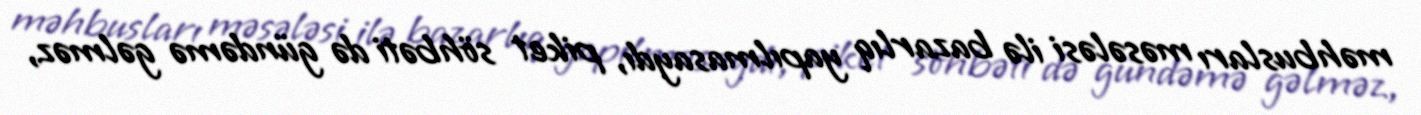
məhbusları məsələsi ilə bazarlıq yapılmasaydı, piket söhbəti də gündəmə gəlməz,